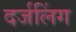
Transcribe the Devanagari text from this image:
दर्जलिंग